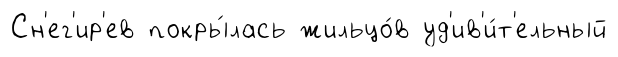
Сн'ег'ир'ев покры́лась жильцо́в уд'ив'и́т'ельный